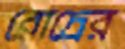
রোদ্রের